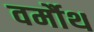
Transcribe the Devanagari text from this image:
वर्मौथ